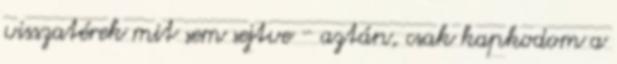
visszatérek mit sem sejtve - aztán, csak kapkodom a